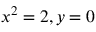
x ^ { 2 } = 2 , y = 0